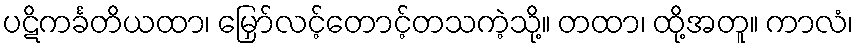
ပဋိကင်္ခတိယထာ၊ မြှော်လင့်တောင့်တသကဲ့သို့။ တထာ၊ ထို့အတူ။ ကာလံ၊